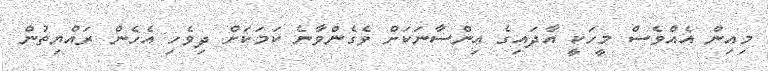
މިއިން އެއްވެސް މީހަކީ އާދައިގެ އިންސާނަކަށް ވެގެންވާނެ ކަމަކަށް ދިވެހި އެހެން ރައްޔިތުން